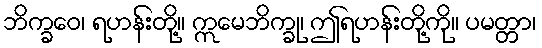
ဘိက္ခဝေ၊ ရဟန်းတို့။ ဣမေဘိက္ခု၊ ဤရဟန်းတို့ကို။ ပမတ္တာ၊